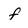
Character: f